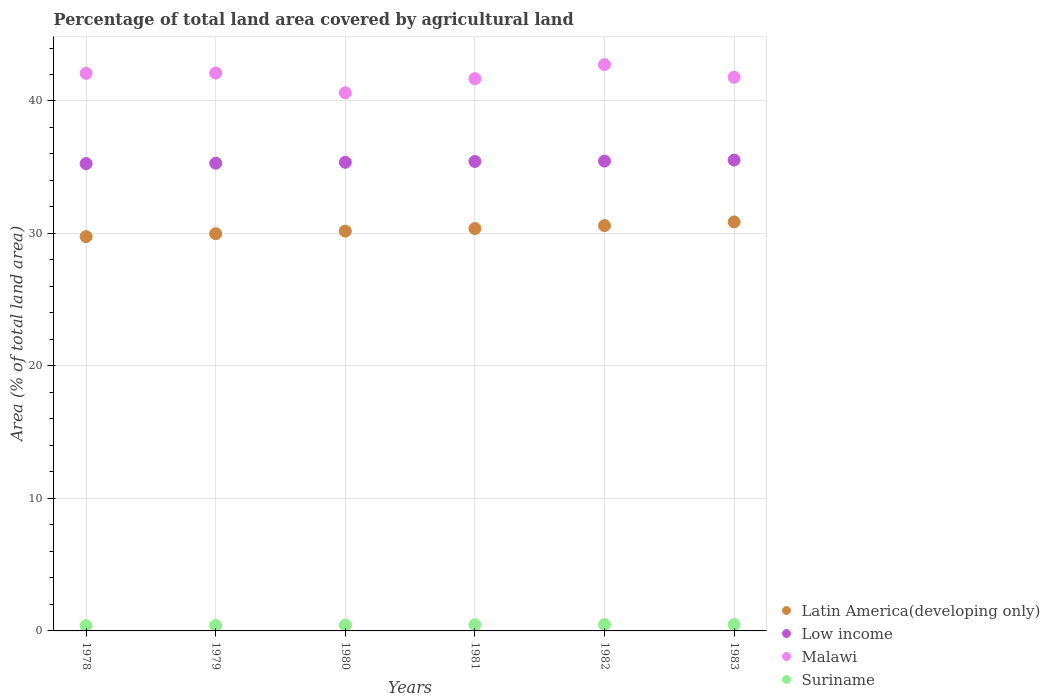
| Years | Latin America(developing only) | Low income | Malawi | Suriname |
 | --- | --- | --- | --- | --- |
 | 1978 | 29.8 | 35.3 | 42.1 | 0.397 |
 | 1979 | 30 | 35.3 | 42.1 | 0.41 |
 | 1980 | 30.2 | 35.4 | 40.6 | 0.442 |
 | 1981 | 30.4 | 35.4 | 41.7 | 0.468 |
 | 1982 | 30.6 | 35.5 | 42.7 | 0.481 |
 | 1983 | 30.9 | 35.5 | 41.8 | 0.481 |